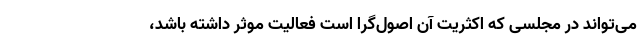
می‌تواند در مجلسی که اکثریت آن اصول‌گرا است فعالیت موثر داشته باشد،